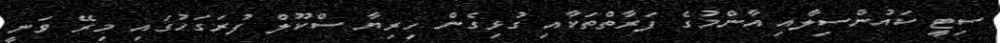
ސިޓީ ކައުންސިލާއި އާންމުގެ ފަރާތްތަކާއި ގުޅިގެން ހިރިޔާ ސްކޫލް ފުރަގަހުގައި މިރޭ ވަނީ